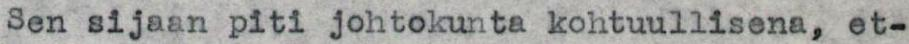
Sen sijaan piti johtokunta kohtuullisena, et-